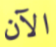
الآن